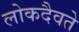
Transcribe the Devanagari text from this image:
लोकदैवते